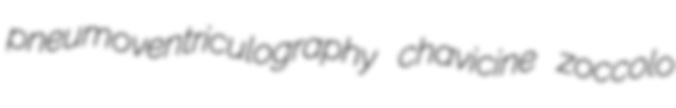
pneumoventriculography chavicine zoccolo